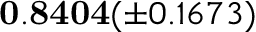
\mathbf { 0 . 8 4 0 4 } ( \pm 0 . 1 6 7 3 )